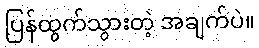
ပြန်ထွက်သွားတဲ့ အချက်ပဲ။